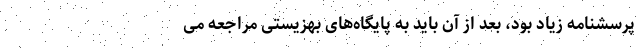
پرسشنامه زیاد بود، بعد از آن باید به پایگاه‌های بهزیستی مراجعه می